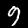
Digit: 9